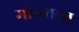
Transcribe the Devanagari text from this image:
मोत्याला